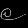
Digit: ၉